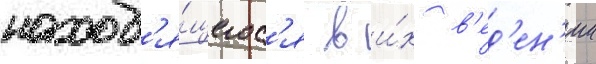
наход'я́щегос'я в и́х в'ед'ен'ии